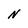
Character: N